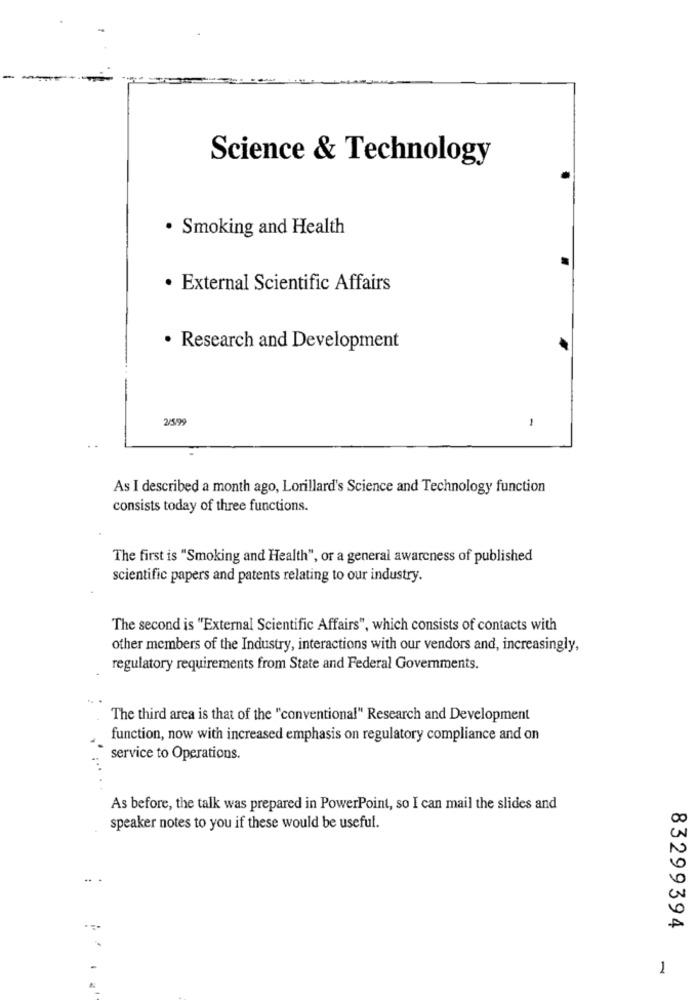
Science & Technology
· Smoking and Health
· External Scientific Affairs
· Research and Development
25,99
1
As I described a month ago, Lorillard's Science and Technology function
consists today of three functions.
The first is "Smoking and Health", or a general awareness of published
scientific papers and patents relating to our industry.
The second is "External Scientific Affairs", which consists of contacts with
other members of the Industry, interactions with our vendors and, increasingly,
regulatory requirements from State and Federal Governments.
The third area is that of the "conventional" Research and Development
function, now with increased emphasis on regulatory compliance and on
service to Operations.
As before, the talk was prepared in PowerPoint, so I can mail the slides and
speaker notes to you if these would be useful.
83299394
1